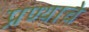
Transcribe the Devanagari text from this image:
प्रण्याचे